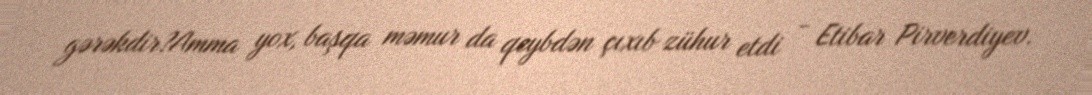
gərəkdir?Amma yox, başqa məmur da qeybdən çıxıb zühur etdi - Etibar Pirverdiyev.